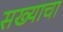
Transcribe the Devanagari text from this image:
सख्याचा